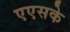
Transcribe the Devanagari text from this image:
एएसके